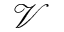
\mathcal { V }